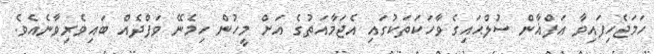
ހަމަޖެހިފައިވާ އަފްޣާން ސުލްޙައިގެ ވާހަކަތަކުގައި އެޖަމާއަތުގެ އަށް މީހުން ހިމެނޭ ވަފްދެއް ބައިވެރިވާނެއެވެ.